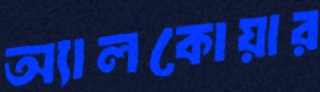
অ্যালকোয়ার